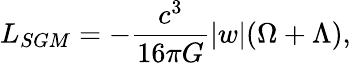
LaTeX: L_{SGM}=-{\frac{c^{3}}{16{\pi}G}}\vert w\vert(\Omega+\Lambda),